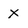
Character: X